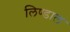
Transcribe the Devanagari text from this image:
लिण्डाल